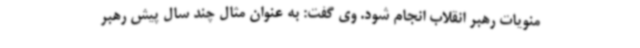
منویات رهبر انقلاب انجام شود. وی گفت: به عنوان مثال چند سال پیش رهبر